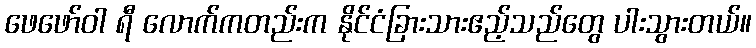
ဖေဖော်ဝါ ရီ လောက်ကတည်းက နိုင်ငံခြားသားဧည့်သည်တွေ ပါးသွားတယ်။